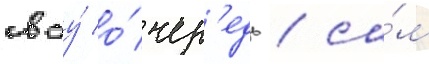
своу́ о́чер'едь / са́м